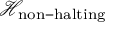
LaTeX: { \mathcal { H } } _ { \mathrm { n o n - h a l t i n g } }